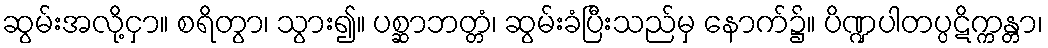
ဆွမ်းအလို့ငှာ။ စရိတွာ၊ သွား၍။ ပစ္ဆာဘတ္တံ၊ ဆွမ်းခံပြီးသည်မှ နောက်၌။ ပိဏ္ဍပါတပ္ပဋိက္ကန္တာ၊